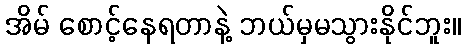
အိမ် စောင့်နေရတာနဲ့ ဘယ်မှမသွားနိုင်ဘူး။